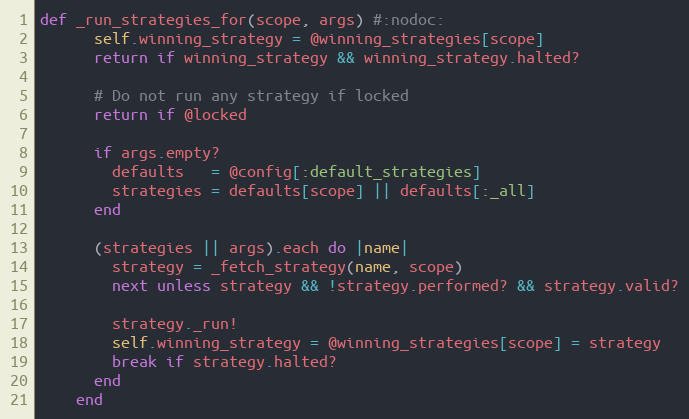
Language: Ruby
def _run_strategies_for(scope, args) #:nodoc:
      self.winning_strategy = @winning_strategies[scope]
      return if winning_strategy && winning_strategy.halted?

      # Do not run any strategy if locked
      return if @locked

      if args.empty?
        defaults   = @config[:default_strategies]
        strategies = defaults[scope] || defaults[:_all]
      end

      (strategies || args).each do |name|
        strategy = _fetch_strategy(name, scope)
        next unless strategy && !strategy.performed? && strategy.valid?

        strategy._run!
        self.winning_strategy = @winning_strategies[scope] = strategy
        break if strategy.halted?
      end
    end